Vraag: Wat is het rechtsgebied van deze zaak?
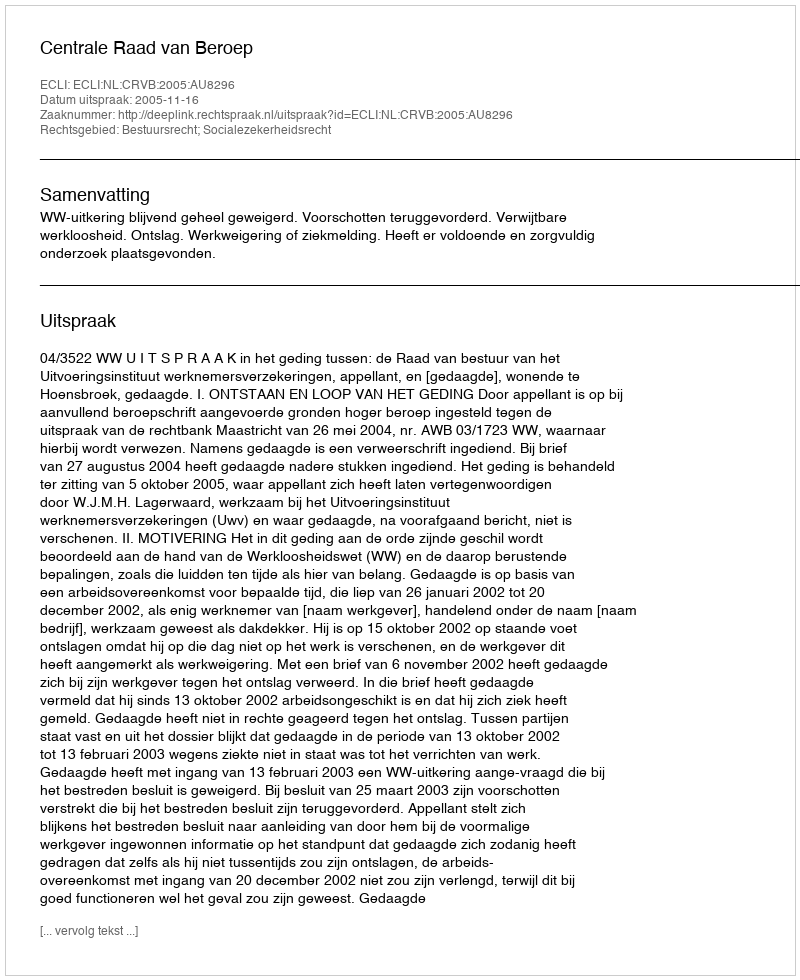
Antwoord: Bestuursrecht; Socialezekerheidsrecht